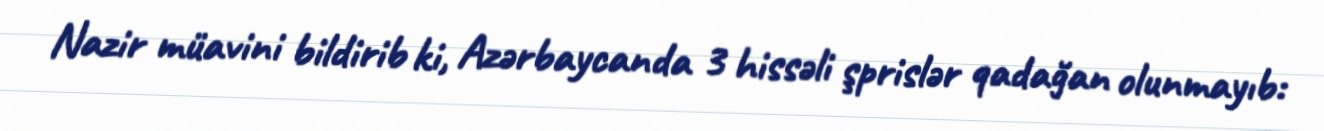
Nazir müavini bildirib ki, Azərbaycanda 3 hissəli şprislər qadağan olunmayıb: